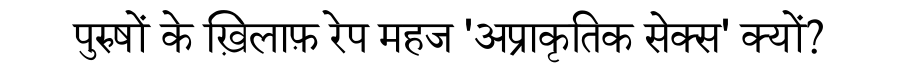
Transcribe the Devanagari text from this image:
पुरुषों के ख़िलाफ़ रेप महज 'अप्राकृतिक सेक्स' क्यों?